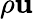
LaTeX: \rho\textbf{u}